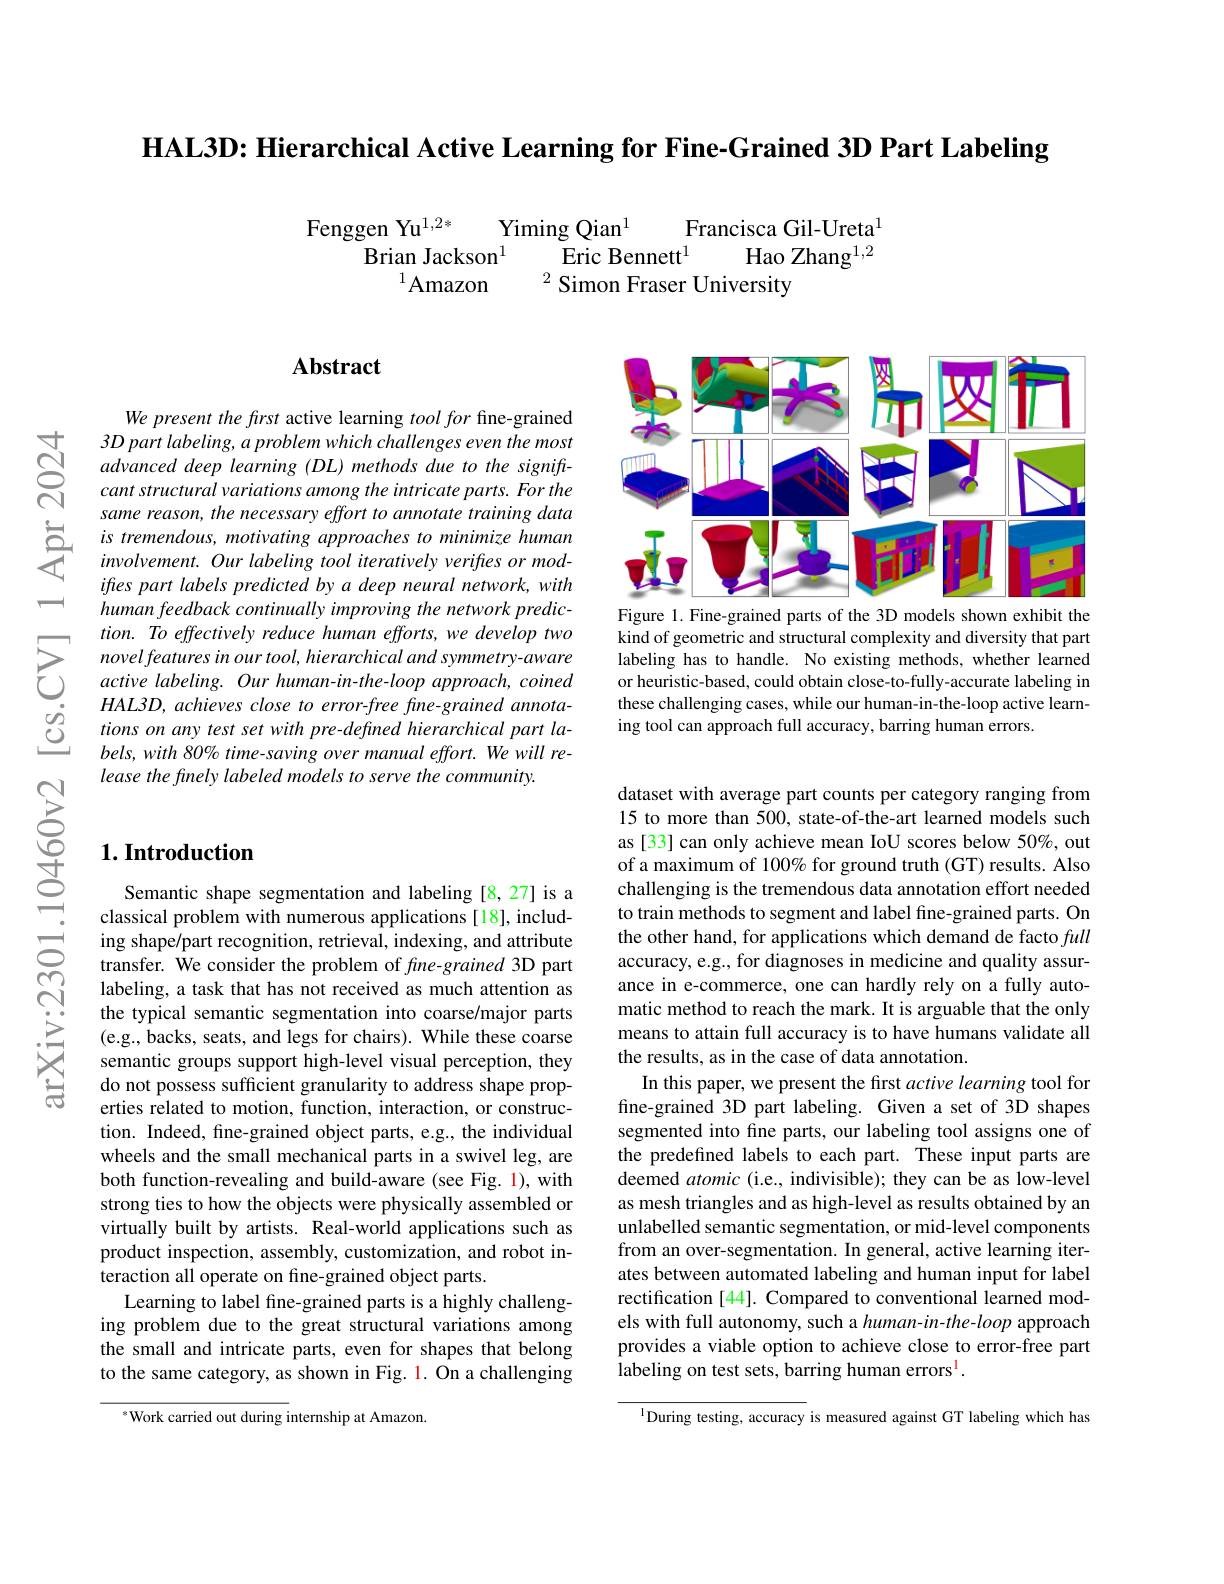
HAL3D: Hierarchical Active Learning for Fine-Grained 3D Part Labeling

Fenggen Yu$^{1,2*}$
Yiming Qian$^{1}$
Francisca Gil-Ureta$^{1}$
Brian Jackson$^{1}$
Eric Bennett$^1$ Hao Zhang$^{1,2}$
$^{1}$Amazon
$^{2}$ Simon Fraser University

$ন্ল$

### $\mathbf{Abstract}$

We present the first active learning $tool\textit{for fine- grained}$ 3D part labeling, a problem which challenges even the most advanced deep learning (DL) methods due to the signiftcant structural variations among the intricate parts. For the same reason, the necessary effort to annotate training data
$\sum_{istremendous,motivating~approaches~to~minimize~human}{involvement.Our~labeling~tool~iteratively~veriftes~or~mod-}$
ifres part labels predicted by a deep neural network, with human feedback continually improving the network prediction. To effectively reduce human efforts, we develop two novel features in our tool, hierarchical and symmetry-aware active labeling. Our human-in-the-loop approach, coined HAL3D, achieves close to error-free fine-grained annotations on any test set with pre-defined hierarchical part labels, with 80% time- saving over manual effort. We will release the finely labeled models to serve the community.

### $1. \textbf{Introduction}$

Semantic shape segmentation and labeling [8,27] is a classical problem with numerous applications[18], including shape/part recognition, retrieval, indexing, and attribute transfer. We consider the problem of fne-grained 3D part labeling, a task that has not received as much attention as the typical semantic segmentation into coarse/major parts (e.g., backs, seats, and legs for chairs). While these coarse semantic groups support high-level visual perception, they do not possess sufficient granularity to address shape properties related to motion, function, interaction, or construction. Indeed, fine-grained object parts, e.g., the individual wheels and the small mechanical parts in a swivel leg, are both function-revealing and build-aware (see Fig. 1), with strong ties to how the objects were physically assembled or virtually built by artists. Real-world applications such as product inspection, assembly, customization, and robot interaction all operate on fine-grained object parts.
Learning to label fine-grained parts is a highly challenging problem due to the great structural variations among the small and intricate parts, even for shapes that belong to the same category, as shown in Fig. 1. On a challenging

$^{*}$Work carried out during internship at Amazon.

<FigureHere>

Figure 1. Fine-grained parts of the 3D models shown exhibit the kind of geometric and structural complexity and diversity that part labeling has to handle. No existing methods, whether learned or heuristic-based, could obtain close-to-fully-accurate labeling in these challenging cases, while our human-in-the-loop active learning tool can approach full accuracy, barring human errors.

dataset with average part counts per category ranging from 15 to more than 500, state-of-the-art learned models such as [33] can only achieve mean IoU scores below 50%, out of a maximum of 100% for ground truth (GT) results. Also challenging is the tremendous data annotation effort needed to train methods to segment and label fine-grained parts. On the other hand, for applications which demand de facto full accuracy, e.g., for diagnoses in medicine and quality assurance in e-commerce, one can hardly rely on a fully automatic method to reach the mark. It is arguable that the only means to attain full accuracy is to have humans validate all the results, as in the case of data annotation.
In this paper, we present the first active learning tool for fine-grained 3D part labeling. Given a set of 3D shapes segmented into fine parts, our labeling tool assigns one of the predefined labels to each part. These input parts are deemed atomic (i.e., indivisible); they can be as low-level as mesh triangles and as high-level as results obtained by an unlabelled semantic segmentation, or mid-level components from an over-segmentation. In general, active learning iterates between automated labeling and human input for label rectification [44]. Compared to conventional learned models with full autonomy, such a human-in-the-loop approach provides a viable option to achieve close to error-free part $\hat{\text{labeling on test sets, barring human errors}}^{1}.$

$^{\mathrm{l}}$During testing, accuracy is measured against GT labeling which has